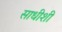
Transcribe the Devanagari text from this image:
साधीशी